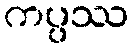
ကပ္ပဿ